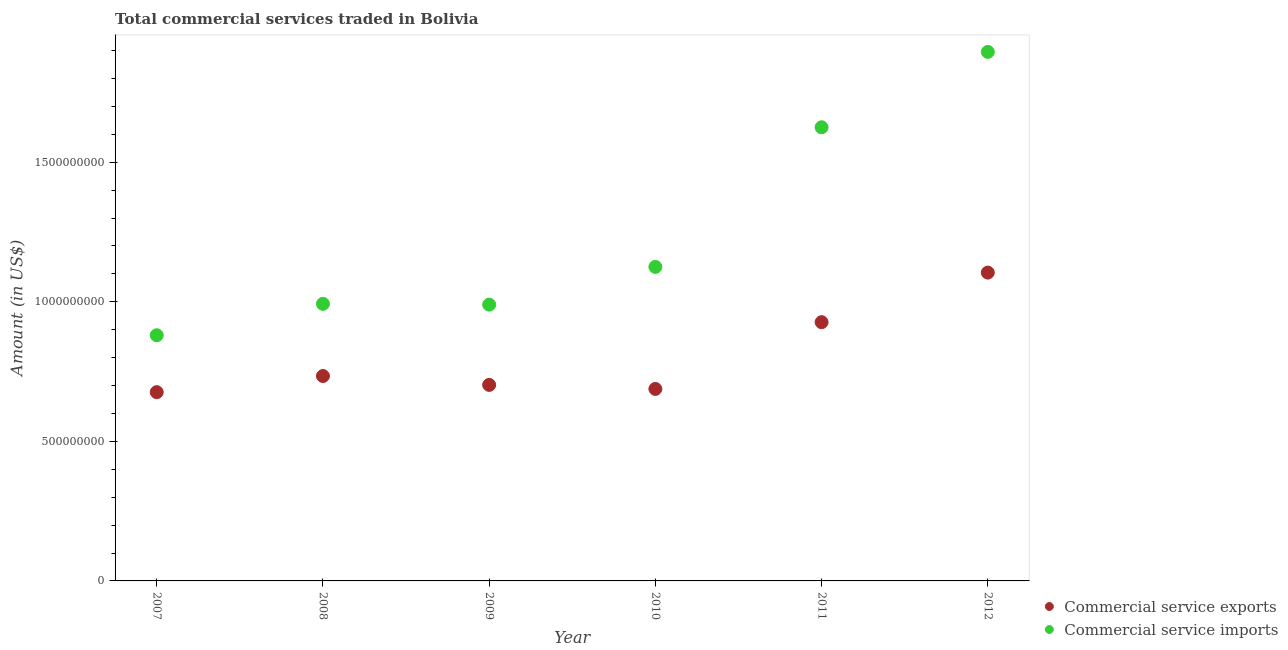
| Year | Commercial service exports | Commercial service imports |
 | --- | --- | --- |
 | 2007 | 6.76e+08 | 8.8e+08 |
 | 2008 | 7.34e+08 | 9.93e+08 |
 | 2009 | 7.02e+08 | 9.9e+08 |
 | 2010 | 6.88e+08 | 1.13e+09 |
 | 2011 | 9.27e+08 | 1.63e+09 |
 | 2012 | 1.1e+09 | 1.9e+09 |